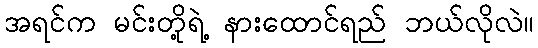
အရင်က မင်းတို့ရဲ့ နားထောင်ရည် ဘယ်လိုလဲ။